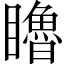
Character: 𥌧